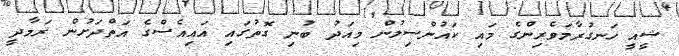
ޝީއީ ހަނގުރާމަވެރިންގެ މައި ކައުންސިލުން މިއަދު ބުނި ގޮތުގައި އައިއެސްގެ އަތްދަށުން ރަމާދީ